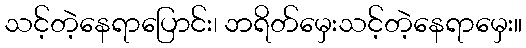
သင့်တဲ့နေရာပြောင်း၊ ဘရိတ်မှေးသင့်တဲ့နေရာမှေး။